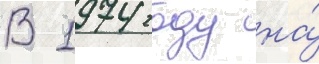
В 1974 году на́